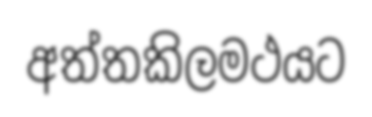
අත්තකිලමථයට